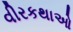
વીરકથાઓ